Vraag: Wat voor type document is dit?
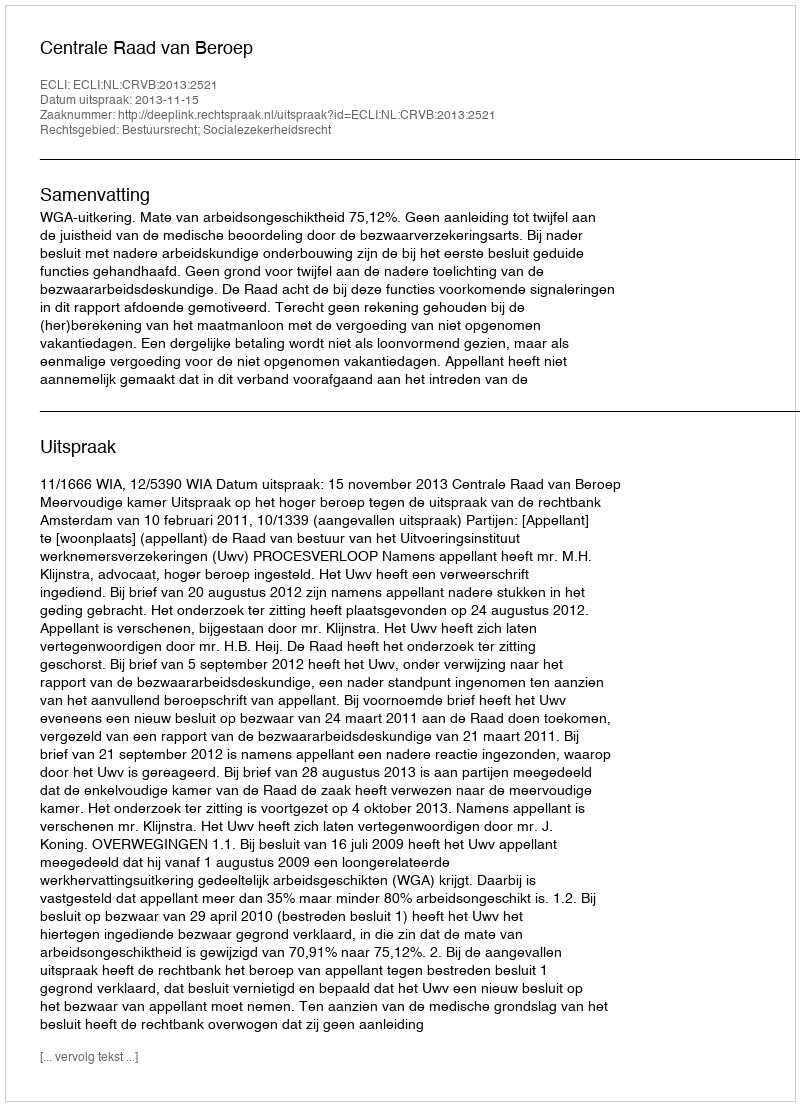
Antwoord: Uitspraak